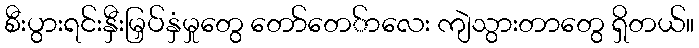
စီးပွားရင်းနှီးမြှပ်နှံမှုတွေ တော်တေ်ာလေး ကျဲသွားတာတွေ ရှိတယ်။